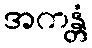
အကန္တံ